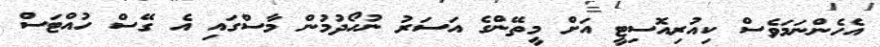
އެހެންނަމަވެސް ކިއުރިއޮސިޓީ އަށް މީތޭންގެ އަސަރު ނުހޯދުމުން މާސްގައި އެ ގޭސް ހުއްޓަސް